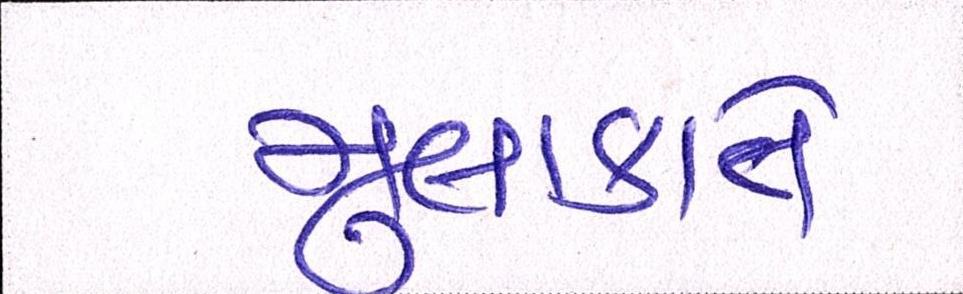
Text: મુલાકાતે